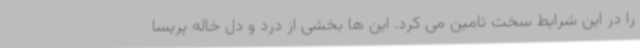
را در این شرایط سخت تامین می کرد. این ها بخشی از درد و دل خاله پریسا